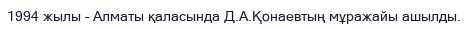
1994 жылы – Алматы қаласында Д.А.Қонаевтың мұражайы ашылды.